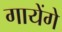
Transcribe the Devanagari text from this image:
गायेंगे